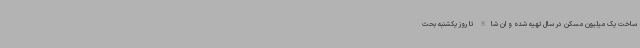
ساخت یک میلیون مسکن در سال تهیه شده و ان شاالله تا روز یکشنبه بحث